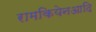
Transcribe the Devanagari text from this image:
रामकियेनआदि